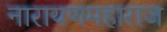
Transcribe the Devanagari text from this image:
नारायणमहाराज